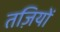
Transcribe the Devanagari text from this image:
तज़ियों